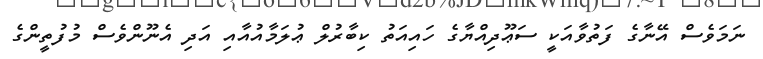
ނަމަވެސް އޭނާގެ ފަތުވާއަކީ ސަޢޫދިއްޔާގެ ހައިއަތު ކިބާރުލް ޢުލަމާއުއާއި އަދި އެނޫންވެސް މުފުތީންގެ